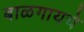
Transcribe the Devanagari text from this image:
बाळगायचे